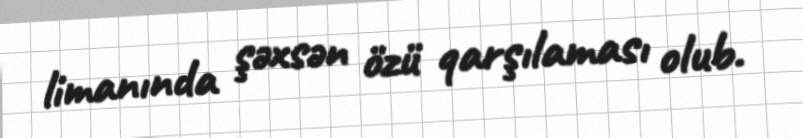
limanında şəxsən özü qarşılaması olub.